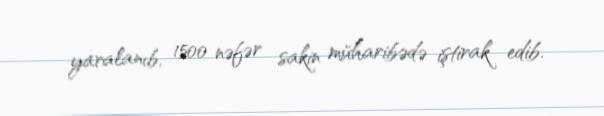
yaralanıb, 1500 nəfər sakin müharibədə iştirak edib.